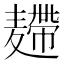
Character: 𪎐